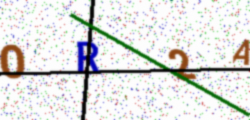
Text: OR2A